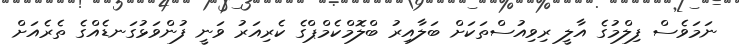
ނަމަވެސް ފިލްމުގެ އާލީ ރިވިއުސްތަކަށް ބަލާއިރު ބްލޮމްކެމްޕްގެ ކެރިއަރު ވަނީ ފުންވަޅުގަނޑެއްގެ ތެރެއަށް